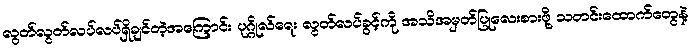
လွတ်လွတ်လပ်လပ်ရှိချင်တဲ့အကြောင်း ပုဂ္ဂိုလ်ရေး လွတ်လပ်ခွင့်ကို အသိအမှတ်ပြုလေးစားဖို့ သတင်းထောက်တွေနဲ့